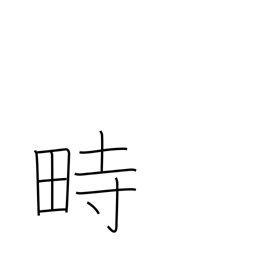
Meaning: festival grounds